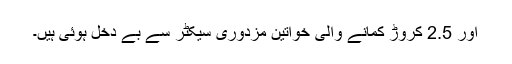
اور 2.5 کروڑ کمانے والی خواتین مزدوری سیکٹر سے بے دخل ہوئی ہیں۔